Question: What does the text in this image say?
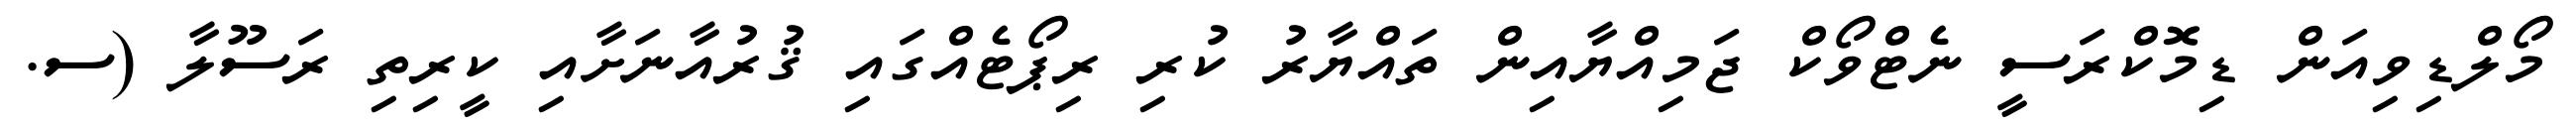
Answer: މޯލްޑިވިއަން ޑިމޮކްރަސީ ނެޓްވޯކް ޖަމިއްޔާއިން ތައްޔާރު ކުރި ރިޕޯޓެއްގައި ޤުރުއާނަށާއި ކީރިތި ރަސޫލާ (ސ.